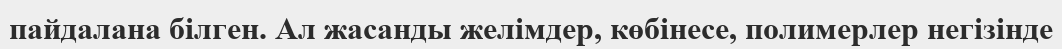
пайдалана білген. Ал жасанды желімдер, көбінесе, полимерлер негізінде